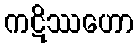
ကဋိဿဟော